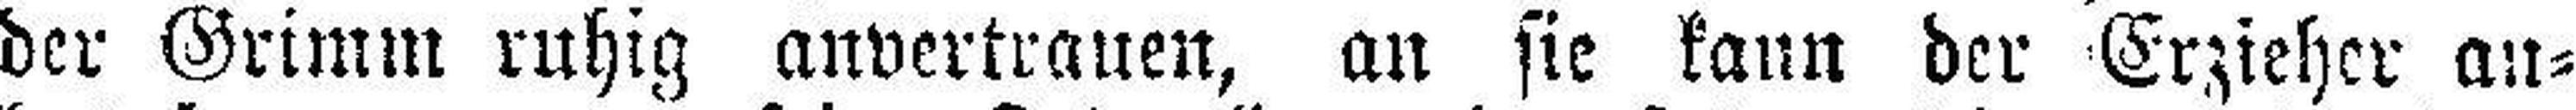
der Grimm ruhig anvertrauen, an sie kann der Erzieher an¬